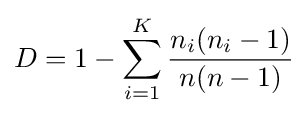
D=1-\sum _{i=1}^{K}{\frac {n_{i}(n_{i}-1)}{n(n-1)}}